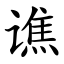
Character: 谯